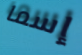
إسما